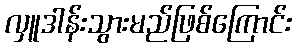
လှူဒါန်းသွားမည်ဖြစ်ကြောင်း